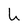
Character: u